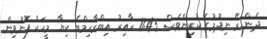
ދެން ރޭ ނިދުމުގެ ކުރިންވެސް 11:45 ހާއިރު އިބްރާހިމްބެ ކިޔާ މީހަކު ފޮނުވިން.